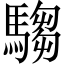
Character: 騶